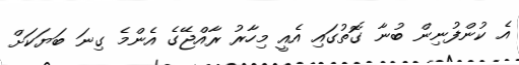
އެ ކުންފުނިން ބުނާ ގޮތުގައި އެއީ މިހާރު ރާއްޖޭގެ އެންމެ ގިނަ ބަޔަކަށް